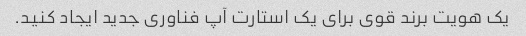
یک هویت برند قوی برای یک استارت آپ فناوری جدید ایجاد کنید.